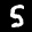
Label: 5